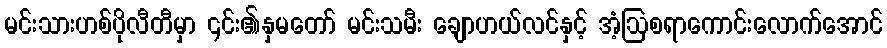
မင်းသားဟစ်ပိုလီတီမှာ ၎င်း၏နှမတော် မင်းသမီး ချောဟယ်လင်နှင့် အံ့ဩစရာကောင်းလောက်အောင်